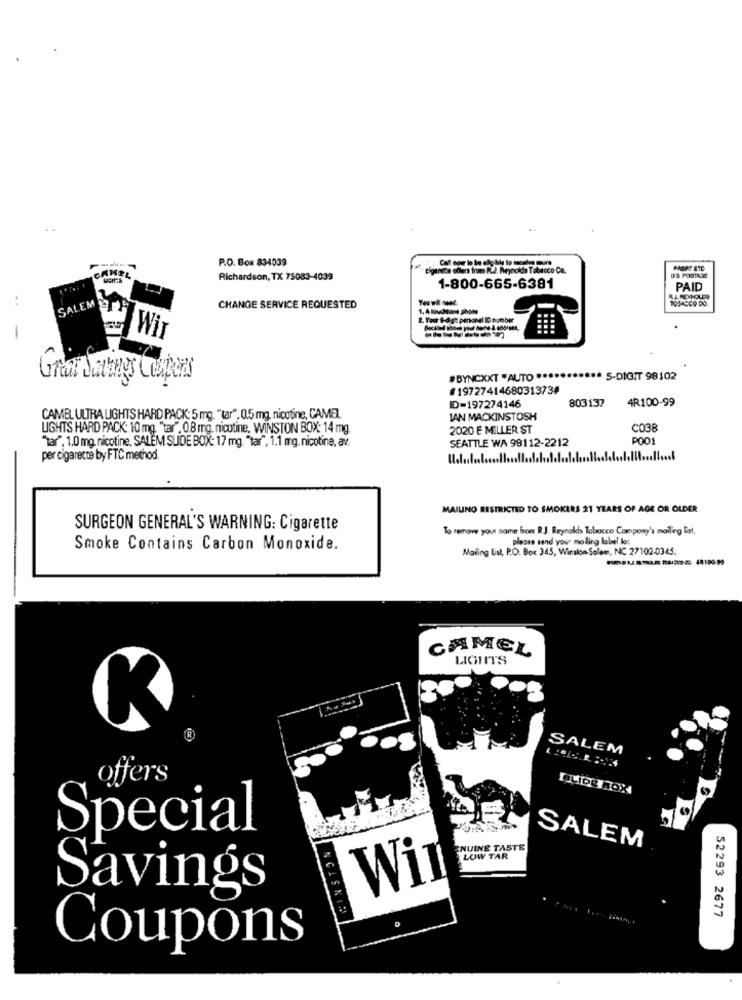
P.O. Box 834039
CAMEL
cigarete ellen from Pl. Reynolds Tabeoco Co.
Richardson, TX 75083-4039
US POSTAGE
1-800-665-6381
PAID
SALEM
CHANGE SERVICE REQUESTED
1. A louchtomt phone
-
Wir
Gitar Savings Caspers
#DYNCXXT "AUTO ***
* S-DIGIT 98102
#19727414680313738
803137
4R100-99
ID=197274146
CAMEL ULTRA LIGHTS HARD PACK: 5 mg. "tar", 0.5 mg, nicotine, CAMEL
IAN MACKINSTOSH
LIGHTS HARD PACK: 10 mg, "tar", 0.8 mg. nicotine, WINSTON BOX: 14 mg.
2020 E MILLER ST
CO38
"tar", 1.0 mg. nicotine, SALEM SLIDE BOX: 17 mg. "tar", 1.1 mg. nicotine, av.
SEATTLE WA 98112-2212
POO
per cigarette by FTC method.
MAIUNG RESTRICTED TO SMOKERS 21 YEARS OF AGE OR OLDER
SURGEON GENERAL'S WARNING: Cigarette
To remove your name hon R.J. Reynolds Tobacco Company's mailing list,
please send you' moling label lot
Smoke Contains Carbon Monoxide.
Mailing List, P.O. Box 345, Winston Salem, NC 27102-0345.
CAMEL
LIGHTS
SALEM
offers
BOLIDE ROX
Special
NUINE TASTE
SALEM
LOW TAR
Savings
Wil
52293 2677
Coupons